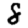
Digit: 8